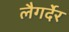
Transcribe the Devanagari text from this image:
लैगर्देर